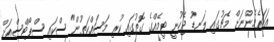
އަހަރެމެންނަށް މެޗުގައި ލަނޑު ޖެހުނީ ޓީމެއްގެ ގޮތުގައި ކުރި މަސައްކަތުން" ސްކައި ސްޕޯޓްސްއަށް